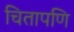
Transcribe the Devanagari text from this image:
चितापणि